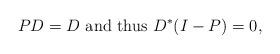
LaTeX: \begin{align*}PD=D\ \mbox{and thus}\ D^*(I-P)=0,\end{align*}